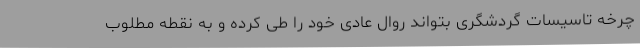
چرخه تاسیسات گردشگری بتواند روال عادی خود را طی کرده و به نقطه مطلوب